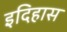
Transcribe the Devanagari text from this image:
इदिहास